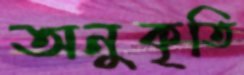
অনুকৃতি